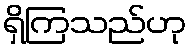
ရှိကြသည်ဟု